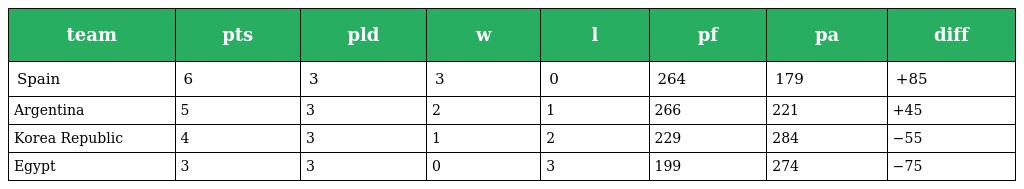
| team | pts | pld | w | l | pf | pa | diff |
 | --- | --- | --- | --- | --- | --- | --- | --- |
 | Spain | 6 | 3 | 3 | 0 | 264 | 179 | +85 |
 | Argentina | 5 | 3 | 2 | 1 | 266 | 221 | +45 |
 | Korea Republic | 4 | 3 | 1 | 2 | 229 | 284 | −55 |
 | Egypt | 3 | 3 | 0 | 3 | 199 | 274 | −75 |